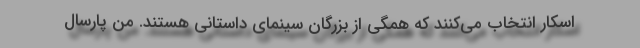
اسکار انتخاب می‌کنند که همگی از بزرگان سینمای داستانی هستند. من پارسال